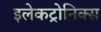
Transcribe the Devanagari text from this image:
इलेकट्रोनिक्स